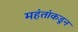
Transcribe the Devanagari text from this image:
महंतांकडून